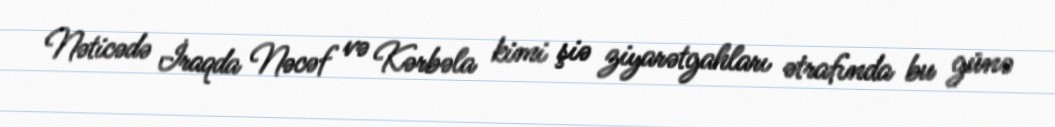
Nəticədə İraqda Nəcəf və Kərbəla kimi şiə ziyarətgahları ətrafında bu günə